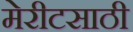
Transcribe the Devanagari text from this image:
मेरीटसाठी